Burma Government Medical School reports 1907-22
Year: 1907
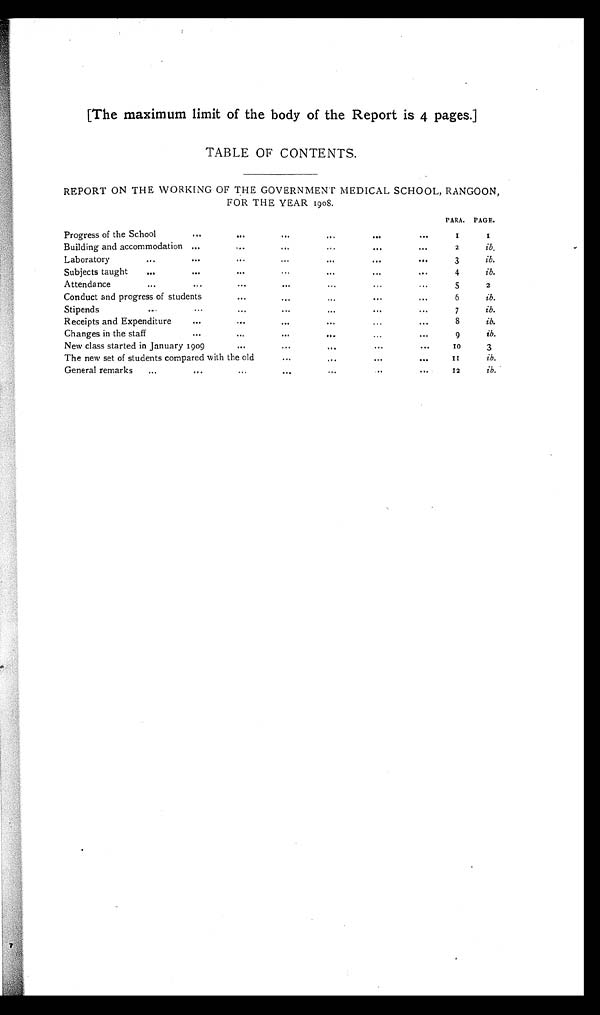
[The maximum limit of the body of the Report is 4 pages.]
TABLE OF CONTENTS.
REPORT ON THE WORKING OF THE GOVERNMENT MEDICAL SCHOOL, RANGOON,
FOR THE YEAR 1908.
P A R A . PAGE.
Progress of the School
... ... ... ... ... ...
1
1
Building and accommodation ... ... ... ... ... ...
2
ib.
Laboratory
... ... ... ... ... ... ...
3
ib.
Subjects taught
... ... ... ... ...
...
...
4
ib.
Attendance
...
... ... ...
...
...
...
5
2
Conduct and progress of students
...
...
...
...
...
6
ib.
Stipends
... ... ... ... ... ... ...
7
ib.
Receipts and Expenditure
... ... ... ... ... ...
8
ib.
Changes in the staff
...
...
... ... ...
...
9
ib.
New class started in January 1909
...
... ... ... ...
10
3
The new set of students compared with the old
... ... ... ...
1 1
ib.
General remarks
...
... ... ... ... ... ...
12
ib.